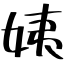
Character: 姨